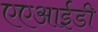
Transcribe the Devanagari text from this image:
एएआईडी